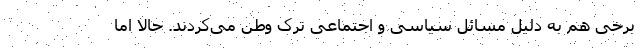
برخی هم به دلیل مسائل سیاسی و اجتماعی ترک وطن می‌کردند. حالا اما